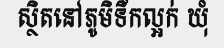
ស្ថិតនៅភូមិទឹកល្អក់ ឃុំ